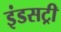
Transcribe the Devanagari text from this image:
इंडसट्री